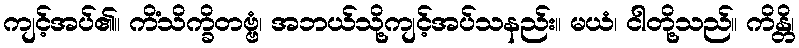
ကျင့်အပ်၏။ ကိံသိက္ခိတဗ္ဗံ၊ အဘယ်သို့ကျင့်အပ်သနည်း။ မယံ၊ ငါတို့သည်။ ကိန္တိ၊